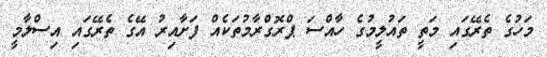
މަހުގެ ތެރޭގައި މަތީ ތައުލީމުގެ ހާއްސަ ޕްރޮގްރާމުތަކެއް ފަށާއިރު އޭގެ ތެރޭގައި އިސްލާމީ